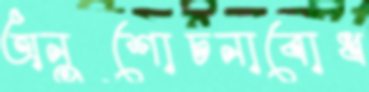
অনুশোচনাবোধ